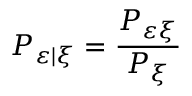
P _ { \varepsilon | \xi } = \frac { P _ { \varepsilon \xi } } { P _ { \xi } }